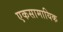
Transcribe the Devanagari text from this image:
एकसामायिक